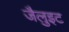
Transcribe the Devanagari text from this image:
जैलुइट